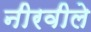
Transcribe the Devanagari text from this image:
नीरवीले